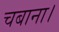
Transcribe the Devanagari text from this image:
चबाना।